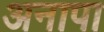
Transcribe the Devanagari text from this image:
अनापा